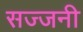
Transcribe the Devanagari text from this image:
सज्जनी